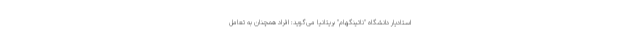
استادیار دانشگاه "ناتینگهام" بریتانیا می‌گوید: افراد همچنان به تعامل